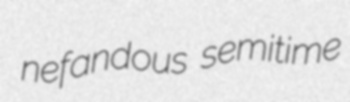
nefandous semitime